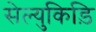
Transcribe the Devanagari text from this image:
सेल्युकिड़ि